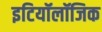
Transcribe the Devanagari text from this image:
इटियॉलॉजिक